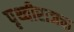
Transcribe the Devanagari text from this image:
पृथ्वीराजचा